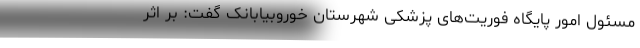
مسئول امور پایگاه فوریت‌های پزشکی شهرستان خوروبیابانک گفت: بر اثر